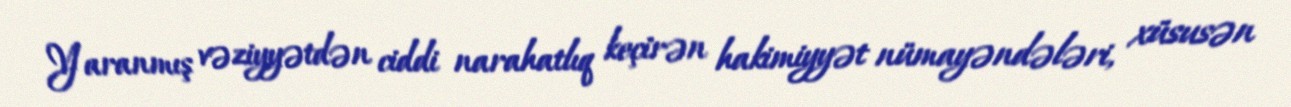
Yaranmış vəziyyətdən ciddi narahatlıq keçirən hakimiyyət nümayəndələri, xüsusən